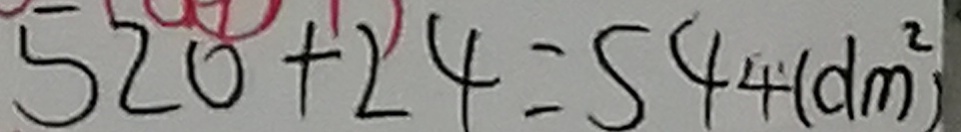
5 2 0 + 2 4 = 5 4 4 ( d m ^ { 2 } )